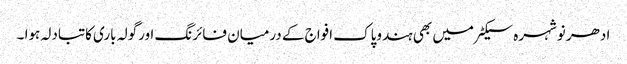
ادھر نوشہرہ سیکٹر میں بھی ہندوپاک افواج کے درمیان فائرنگ اورگولہ باری کاتبادلہ ہوا ۔